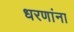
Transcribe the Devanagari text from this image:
धरणांना